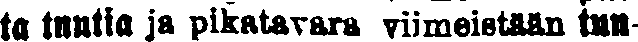
ta tuutia ja pikatarvara viimeistään tun-